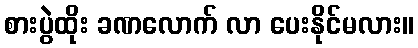
စားပွဲထိုး ခဏလောက် လာ ပေးနိုင်မလား။